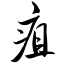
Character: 疽